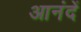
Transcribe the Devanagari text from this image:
आनंदें